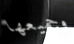
وجميعها